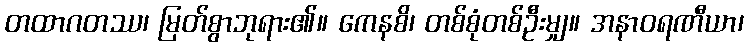
တထာဂတဿ၊ မြတ်စွာဘုရား၏။ ကေနစိ၊ တစ်စုံတစ်ဦးမျှ။ အနာဝရဏီယာ၊